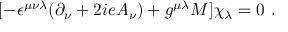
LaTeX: [ - \epsilon ^ { \mu \nu \lambda } ( \partial _ { \nu } + 2 i e A _ { \nu } ) + g ^ { \mu \lambda } M ] \chi _ { \lambda } = 0 ~ .